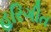
હરિગીત